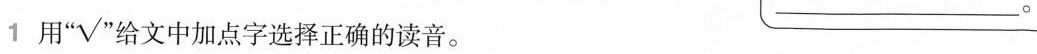
1 用” √“给文中加点字选择正确的读音。___。